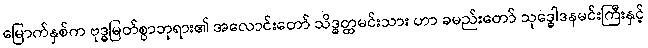
မြောက်နှစ်က ဗုဒ္ဓမြတ်စွာဘုရား၏ အလောင်းတော် သိဒ္ဓတ္ထမင်းသား ဟာ ခမည်းတော် သုဒ္ဓေါဒနမင်းကြီးနှင့်